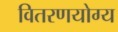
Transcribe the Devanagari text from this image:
वितरणयोग्य